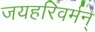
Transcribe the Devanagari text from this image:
जयहरिवर्मन्